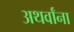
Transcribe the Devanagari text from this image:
अथर्वांना